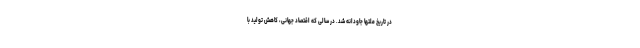
در تاریخ ملتها جاودانه شد. در سالی که اقتصاد جهانی، کاهش تولید با